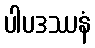
ပါပဒဿနံ